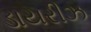
ડાયરીઝ